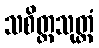
သစိတ္တသုတ္တံ